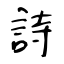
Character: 詩